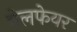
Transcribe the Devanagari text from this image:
बेलफेयर